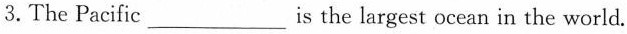
3.The Pacific___ is the largest ocean in the world.